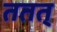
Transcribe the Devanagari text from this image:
ततत्‌